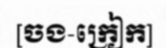
[ចង-ក្រៀក]